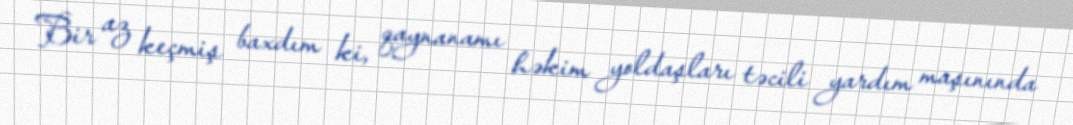
Bir az keçmiş baxdım ki, qaynanamı həkim yoldaşları təcili yardım maşınında